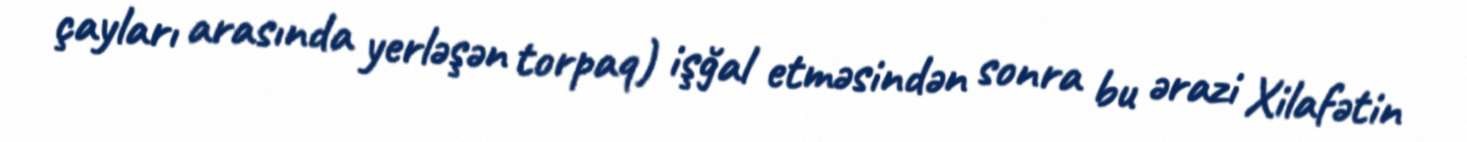
çayları arasında yerləşən torpaq) işğal etməsindən sonra bu ərazi Xilafətin